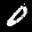
Label: 0